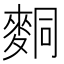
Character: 𪌢